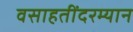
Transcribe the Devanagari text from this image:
वसाहतींदरम्यान